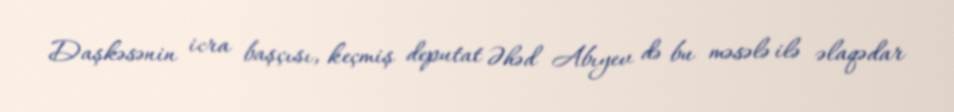
Daşkəsənin icra başçısı, keçmiş deputat Əhəd Abıyev də bu məsələ ilə əlaqədar